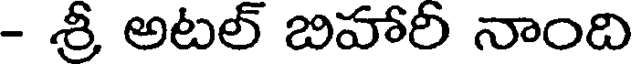
- శ్రీ అటల్ బిహారీ నాంది